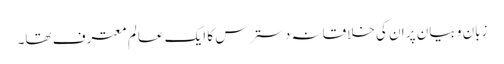
زبان و بیان پر ان کی خلاقانہ دسترس کا ایک عالم معترف تھا۔